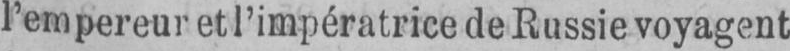
l’empereur et l’impératrice de Russie voyagent